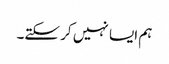
ہم ایسا نہیں کر سکتے۔